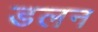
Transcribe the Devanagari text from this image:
डलन